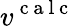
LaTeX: v^{\mathrm{~c~a~l~c~}}